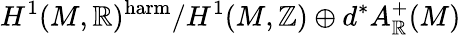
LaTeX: H^{1}(M,\mathbb{R})^{\mathrm{harm}}/H^{1}(M,\mathbb{Z})\oplus d^{*}A_{\mathbb{R}}^{+}(M)